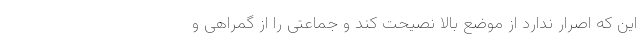
این که اصرار ندارد از موضع بالا نصیحت کند و جماعتی را از گمراهی و